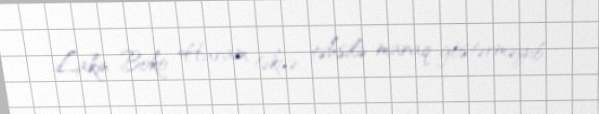
Lakin Boko Haram təkcə təhsilə maraq göstərməyib.